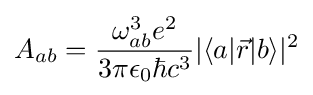
A_{ab}={\frac {\omega _{ab}^{3}e^{2}}{3\pi \epsilon _{0}\hbar c^{3}}}|\langle a|{\vec {r}}|b\rangle |^{2}